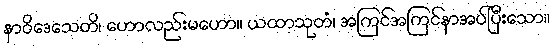
နာဝိဒေသေတိ၊ ဟောလည်းမဟော။ ယထာသုတံ၊ အကြင်အကြင်နာအပ်ပြီးသော။